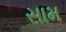
સામ